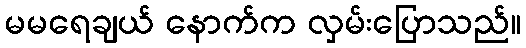
မမရေချယ် နောက်က လှမ်းပြောသည်။